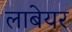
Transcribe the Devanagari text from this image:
लाबेयर